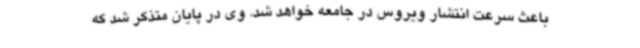
باعث سرعت انتشار ویروس در جامعه خواهد شد. وی در پایان متذکر شد که